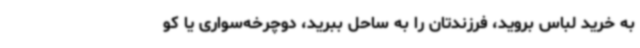
به خرید لباس بروید، فرزندتان را به ساحل ببرید، دوچرخه‌سواری یا کو